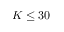
K \le 3 0